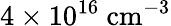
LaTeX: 4\times 10^{16}~\mathrm{cm^{-3}}